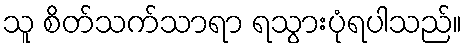
သူ စိတ်သက်သာရာ ရသွားပုံရပါသည်။